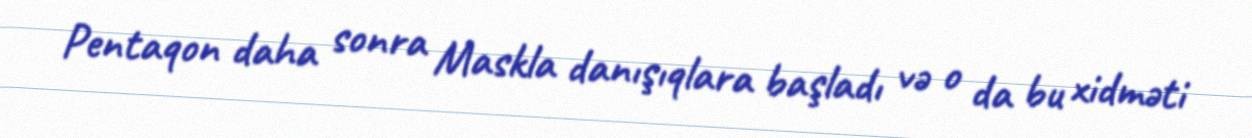
Pentaqon daha sonra Maskla danışıqlara başladı və o da bu xidməti